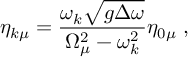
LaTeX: \eta _ { k \mu } = \frac { \omega _ { k } \sqrt { g \Delta \omega } } { \Omega _ { \mu } ^ { 2 } - \omega _ { k } ^ { 2 } } \eta _ { 0 \mu } \; ,